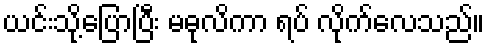
ယင်းသို့ပြောပြီး မဓုလိကာ ရပ် လိုက်လေသည်။